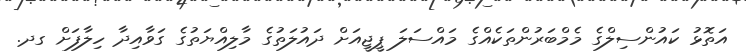
އަތޮޅު ކައުންސިލްގެ މެމްބަރުންތަކެއްގެ މައްސަލަ ޕީޖީއަށް ދައުލަތުގެ މާލިއްޔަތުގެ ގަވާއިދާ ހިލާފަށް ގދ.